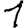
Digit: 1